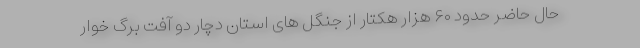
حال حاضر حدود ۶۰ هزار هکتار از جنگل های استان دچار دو آفت برگ خوار